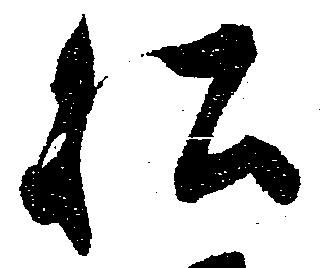
私